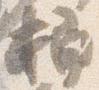
桶